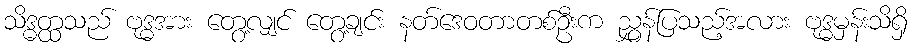
သိဒ္ဓတ္ထသည် ဗုဒ္ဓအား တွေ့လျှင် တွေ့ချင်း နတ်ဒေဝတာတစ်ဦးက ညွှန်ပြသည့်အလား ဗုဒ္ဓမှန်းသိရှိ